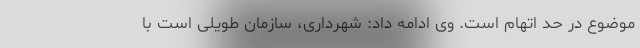
موضوع در حد اتهام است. وی ادامه داد: شهرداری،‌ سازمان طویلی است با